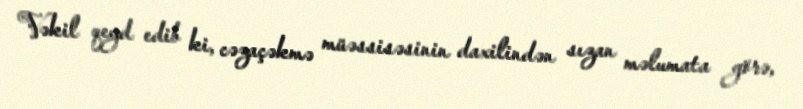
Vəkil qeyd edib ki, cəzaçəkmə müəssisəsinin daxilindən sızan məlumata görə,